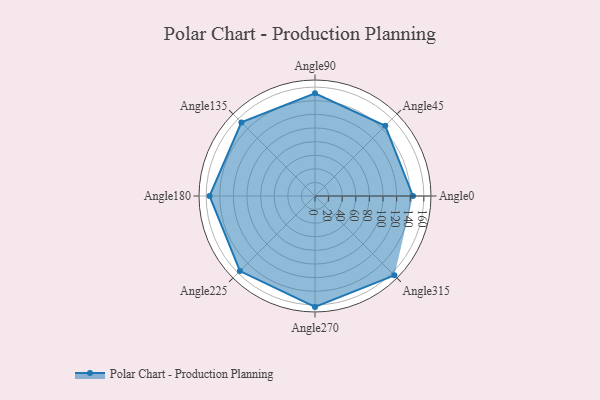
{"axis": {"x": "Angle", "y": "Radius"}, "legend": [""], "data": [{"x": "Angle0", "y": 144.0, "type": ""}, {"x": "Angle45", "y": 146.0, "type": ""}, {"x": "Angle90", "y": 151.0, "type": ""}, {"x": "Angle135", "y": 153.0, "type": ""}, {"x": "Angle180", "y": 155.0, "type": ""}, {"x": "Angle225", "y": 156.0, "type": ""}, {"x": "Angle270", "y": 163.0, "type": ""}, {"x": "Angle315", "y": 165.0, "type": ""}]}